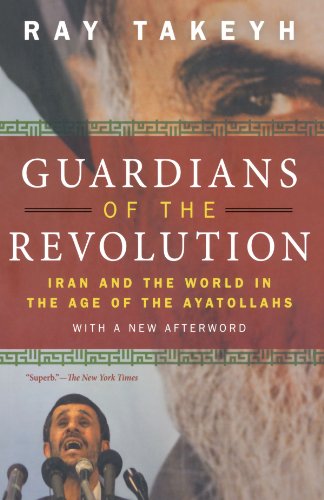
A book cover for Guardians of the Revolution: Iran and the World in the Age of the Ayatollahs; Ray Takeyh; History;